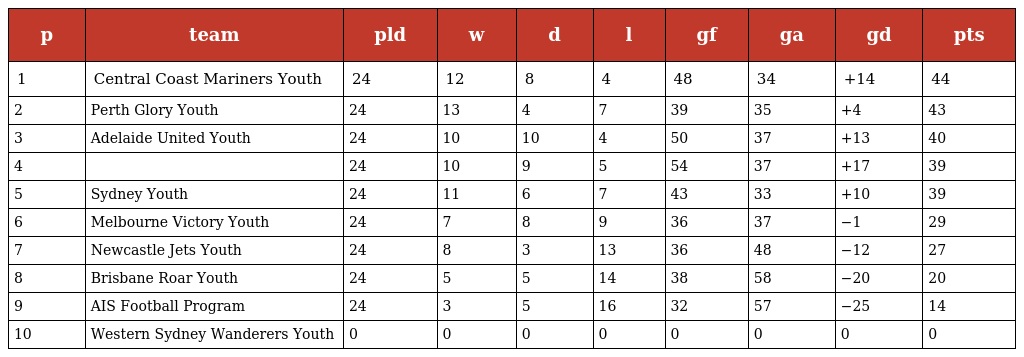
| p | team | pld | w | d | l | gf | ga | gd | pts |
 | --- | --- | --- | --- | --- | --- | --- | --- | --- | --- |
 | 1 | Central Coast Mariners Youth | 24 | 12 | 8 | 4 | 48 | 34 | +14 | 44 |
 | 2 | Perth Glory Youth | 24 | 13 | 4 | 7 | 39 | 35 | +4 | 43 |
 | 3 | Adelaide United Youth | 24 | 10 | 10 | 4 | 50 | 37 | +13 | 40 |
 | 4 |  | 24 | 10 | 9 | 5 | 54 | 37 | +17 | 39 |
 | 5 | Sydney Youth | 24 | 11 | 6 | 7 | 43 | 33 | +10 | 39 |
 | 6 | Melbourne Victory Youth | 24 | 7 | 8 | 9 | 36 | 37 | −1 | 29 |
 | 7 | Newcastle Jets Youth | 24 | 8 | 3 | 13 | 36 | 48 | −12 | 27 |
 | 8 | Brisbane Roar Youth | 24 | 5 | 5 | 14 | 38 | 58 | −20 | 20 |
 | 9 | AIS Football Program | 24 | 3 | 5 | 16 | 32 | 57 | −25 | 14 |
 | 10 | Western Sydney Wanderers Youth | 0 | 0 | 0 | 0 | 0 | 0 | 0 | 0 |